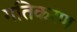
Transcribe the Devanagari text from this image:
गतिकरण